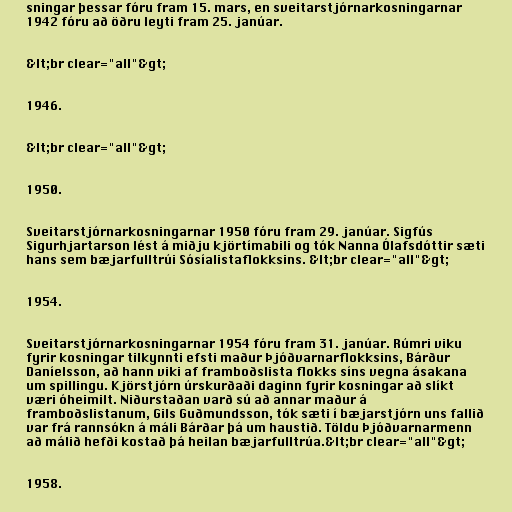
sningar þessar fóru fram 15. mars, en sveitarstjórnarkosningarnar
1942 fóru að öðru leyti fram 25. janúar.

&lt;br clear="all"&gt;

1946.

&lt;br clear="all"&gt;

1950.

Sveitarstjórnarkosningarnar 1950 fóru fram 29. janúar. Sigfús
Sigurhjartarson lést á miðju kjörtímabili og tók Nanna Ólafsdóttir sæti
hans sem bæjarfulltrúi Sósíalistaflokksins. &lt;br clear="all"&gt;

1954.

Sveitarstjórnarkosningarnar 1954 fóru fram 31. janúar. Rúmri viku
fyrir kosningar tilkynnti efsti maður Þjóðvarnarflokksins, Bárður
Daníelsson, að hann viki af framboðslista flokks síns vegna ásakana
um spillingu. Kjörstjórn úrskurðaði daginn fyrir kosningar að slíkt
væri óheimilt. Niðurstaðan varð sú að annar maður á
framboðslistanum, Gils Guðmundsson, tók sæti í bæjarstjórn uns fallið
var frá rannsókn á máli Bárðar þá um haustið. Töldu Þjóðvarnarmenn
að málið hefði kostað þá heilan bæjarfulltrúa.&lt;br clear="all"&gt;

1958.